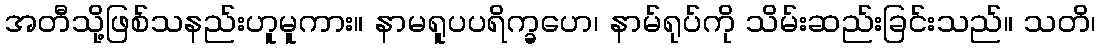
အတီသို့ဖြစ်သနည်းဟူမူကား။ နာမရူပပရိက္ခဟေ၊ နာမ်ရုပ်ကို သိမ်းဆည်းခြင်းသည်။ သတိ၊